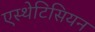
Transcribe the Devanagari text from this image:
एस्थेटिसियन